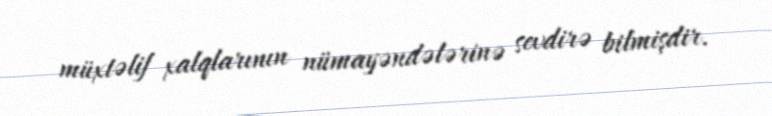
müxtəlif xalqlarının nümayəndələrinə sevdirə bilmişdir.